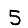
Digit: 5